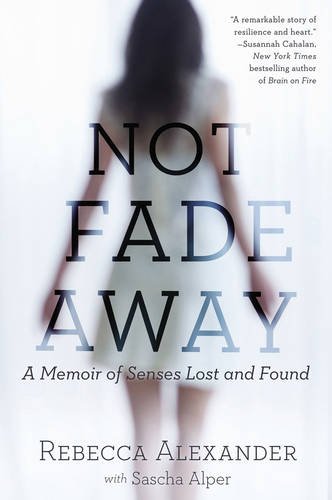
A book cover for Not Fade Away: A Memoir of Senses Lost and Found; Rebecca A. Alexander; Biographies & Memoirs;